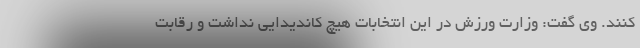
کنند. وی گفت: وزارت ورزش در این انتخابات هیچ کاندیدایی نداشت و رقابت